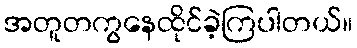
အတူတကွနေထိုင်ခဲ့ကြပါတယ်။